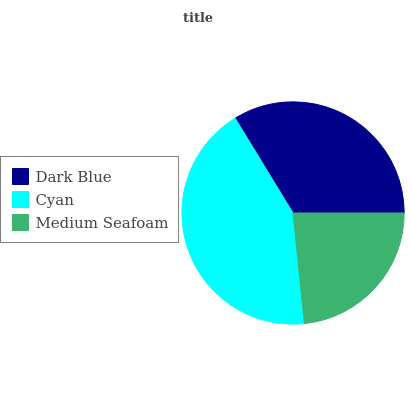
| Dark Blue | Cyan | Medium Seafoam |
 | --- | --- | --- |
 | 33.7% | 42.9% | 23.4% |